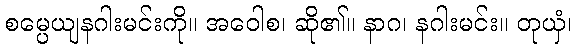
စမ္ပေယျနဂါးမင်းကို။ အဝေါစ၊ ဆို၏။ နာဂ၊ နဂါးမင်း။ တုယှံ၊